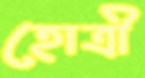
হোত্রী